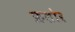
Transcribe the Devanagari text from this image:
फ्रलोर